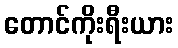
တောင်ကိုးရီးယား